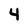
Character: 4